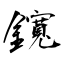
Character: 鑧